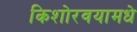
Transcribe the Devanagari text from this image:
किशोरवयामधे